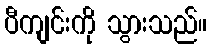
ပီကျင်းကို သွားသည်။